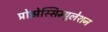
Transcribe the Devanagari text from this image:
प्रोझेस्सिम्युलेशन